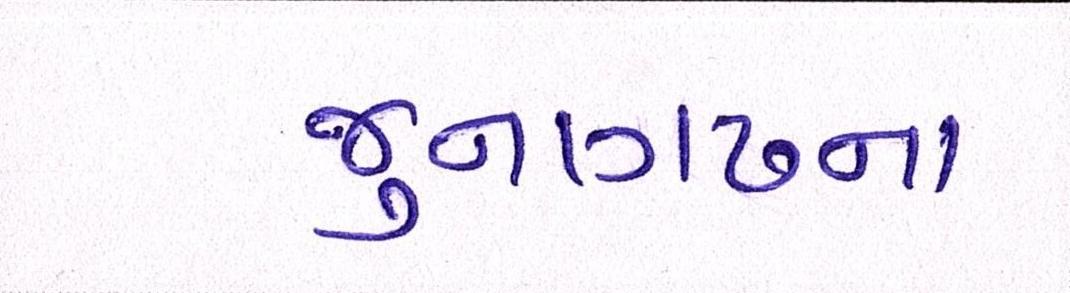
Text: જુનાગઢના